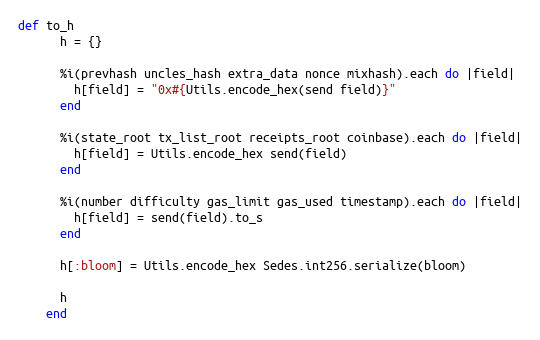
Language: Ruby
def to_h
      h = {}

      %i(prevhash uncles_hash extra_data nonce mixhash).each do |field|
        h[field] = "0x#{Utils.encode_hex(send field)}"
      end

      %i(state_root tx_list_root receipts_root coinbase).each do |field|
        h[field] = Utils.encode_hex send(field)
      end

      %i(number difficulty gas_limit gas_used timestamp).each do |field|
        h[field] = send(field).to_s
      end

      h[:bloom] = Utils.encode_hex Sedes.int256.serialize(bloom)

      h
    end